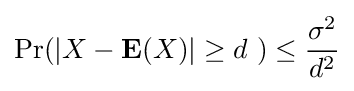
\Pr(|X-{\mathbf {E} }(X)|\geq d\ )\leq {\frac {\sigma ^{2}}{d^{2}}}